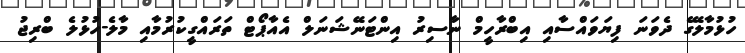
ހުޅުމާލޭގެ ދެވަނަ ފިޔަވައްސާއި އިބްރާހީމް ނާސިރު އިންޓަނޭޝަނަލް އެއާޕޯޓް ތަރައްގީކުރުމާއި މާލެ-ހުޅުލެ ބްރިޖު